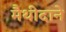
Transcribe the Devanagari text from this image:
मैथीदाने